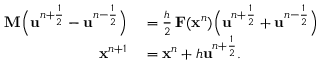
\begin{array} { r l } { \mathbf { M } \Bigl ( \mathbf { u } ^ { n + \frac { 1 } { 2 } } - \mathbf { u } ^ { n - \frac { 1 } { 2 } } \Bigr ) } & { { } = \frac { h } { 2 } \, \mathbf { F } ( \mathbf { x } ^ { n } ) \Bigl ( \mathbf { u } ^ { n + \frac { 1 } { 2 } } + \mathbf { u } ^ { n - \frac { 1 } { 2 } } \Bigr ) } \\ { \mathbf { x } ^ { n + 1 } } & { { } = \mathbf { x } ^ { n } + h \mathbf { u } ^ { n + \frac { 1 } { 2 } } . } \end{array}